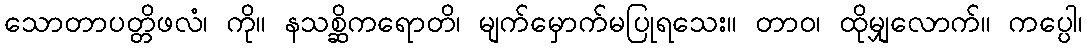
သောတာပတ္တိဖလံ၊ ကို။ နသစ္ဆိကရောတိ၊ မျက်မှောက်မပြုရသေး။ တာဝ၊ ထိုမျှလောက်။ ကပ္ပေါ၊